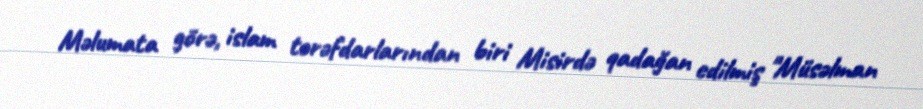
Məlumata görə, islam tərəfdarlarından biri Misirdə qadağan edilmiş "Müsəlman